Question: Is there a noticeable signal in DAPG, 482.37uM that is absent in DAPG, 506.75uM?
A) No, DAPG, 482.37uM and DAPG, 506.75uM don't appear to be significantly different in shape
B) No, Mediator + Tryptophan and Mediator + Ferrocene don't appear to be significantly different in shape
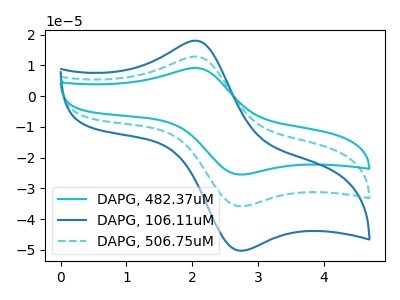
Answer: <think>The cyan curve "DAPG, 482.37uM" has an anodic peak at (2.05V, 25.65uA) and a cathodic peak at (2.75V, -71.65uA). The blue curve "DAPG, 106.11uM" has an anodic peak at (2.05V, 18.00uA) and a cathodic peak at (2.75V, -50.30uA). The cyan dashed curve "DAPG, 506.75uM" has an anodic peak at (2.05V, 12.80uA) and a cathodic peak at (2.75V, -35.80uA).
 All the peaks in "DAPG, 482.37uM" have a peak in "DAPG, 506.75uM" at the same potential. Every peak in "DAPG, 482.37uM" is higher than every peak in "DAPG, 506.75uM".</think>
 <answer>A) No, "DAPG, 482.37uM" and "DAPG, 506.75uM" don't appear to be significantly different in shape</answer>
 <eval>A</eval>